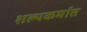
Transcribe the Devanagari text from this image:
शल्यकर्मात